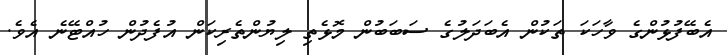
އެބޭފުޅުންގެ ވާހަކަ ތަކުން އެބަދަލުގެ ސަބަބުން މޮޅެތި ލިޔުންތެރިކަން އުފެދުން ހުއްޓޭނެ އެވެ.